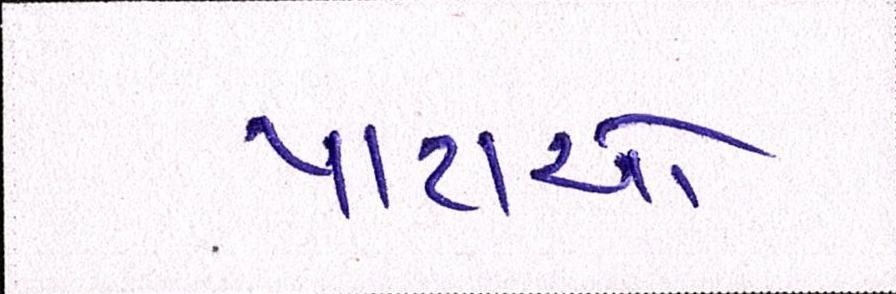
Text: પાટાઓ